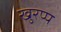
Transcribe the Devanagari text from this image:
खुरप्प